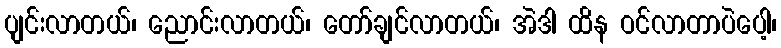
ပျင်းလာတယ်၊ ညောင်းလာတယ်၊ တော်ချင်လာတယ်၊ အဲဒါ ထိန ဝင်လာတာပဲပေါ့၊